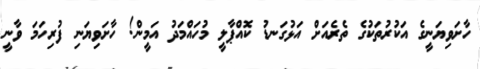
ހާށަވިޔަނީގެ އަކުރުތަކުގެ ތެރެއަށް އަޅުގަނޑު ކޮއްޕާލީ މުހައްމަދު އަމީން! ހާށަވިޔަނި ފުރިހަމަ ވާނީ